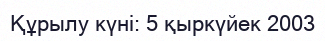
Құрылу күні: 5 қыркүйек 2003